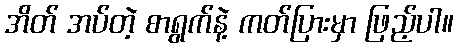
အိတ် အပ်တဲ့ စာရွက်နဲ့ ကတ်ပြားမှာ ဖြည့်ပါ။